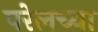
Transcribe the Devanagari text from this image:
परेलच्या